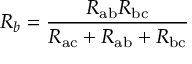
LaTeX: R _ { b } = { \frac { R _ { \mathrm { a b } } R _ { \mathrm { b c } } } { R _ { \mathrm { a c } } + R _ { \mathrm { a b } } + R _ { \mathrm { b c } } } }